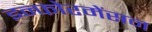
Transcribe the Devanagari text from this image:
इन्फोरमेंसन